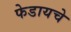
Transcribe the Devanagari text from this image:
फेडायचे